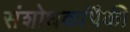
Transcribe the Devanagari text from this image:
संशोधकांपैकी